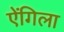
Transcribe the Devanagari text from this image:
ऐंगिला